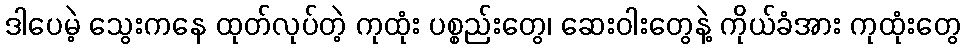
ဒါပေမဲ့ သွေးကနေ ထုတ်လုပ်တဲ့ ကုထုံး ပစ္စည်းတွေ၊ ဆေးဝါးတွေနဲ့ ကိုယ်ခံအား ကုထုံးတွေ